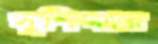
সুশিক্ষার